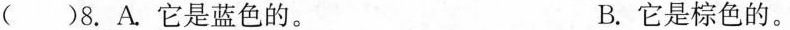
()8.A它是蓝色的。 B.它是棕色的。